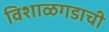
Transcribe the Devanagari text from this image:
विशाळगडाची